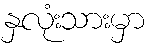
နှလုံးသားမှာ